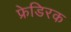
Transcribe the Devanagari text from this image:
फ्रेडिरक